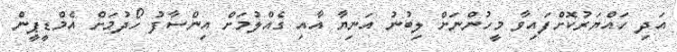
އަދި ހައްޔަރުކޮށްފައިވާ މީހުންނަށް ލިބުނު އަނިޔާ އާއި ގެއްލުމަށް އިންސާފު ހޯދުމަށް އެމްޑީޕީން